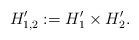
\begin{align*} H_{1,2}' := H_1'\times H_2'.\end{align*}